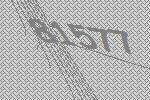
81577